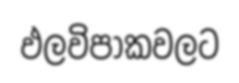
ඵලවිපාකවලට